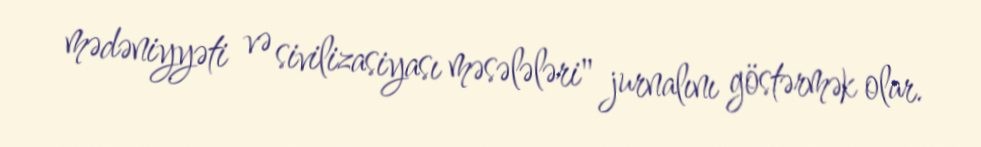
mədəniyyəti və sivilizasiyası məsələləri" jurnalını göstərmək olar.